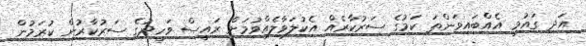
އަދި ގައުމީ އެއްބައިވަންތަ ކަމުގެ ސަރުކާރެއް އެކުލަވާލެއްވުމަށް ރައީސް ވަހީދުގެ ސަރުކާރުން ކުރަމުން